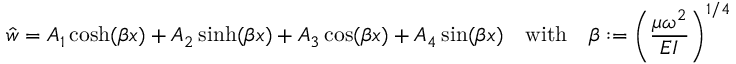
{ \hat { w } } = A _ { 1 } \cosh ( \beta x ) + A _ { 2 } \sinh ( \beta x ) + A _ { 3 } \cos ( \beta x ) + A _ { 4 } \sin ( \beta x ) \quad { \mathrm { w i t h } } \quad \beta : = \left( { \frac { \mu \omega ^ { 2 } } { E I } } \right) ^ { 1 / 4 }